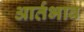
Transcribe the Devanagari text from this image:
आर्तभाव